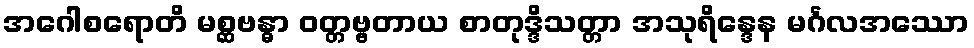
အဂေါစရောတိ မစ္ဆဗန္ဓာ ဝတ္တဗ္ဗတာယ စာတုဒ္ဒိသတ္တာ အသုရိန္ဒေန မင်္ဂလအဿော